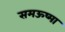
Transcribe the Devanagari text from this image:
समऊष्मा